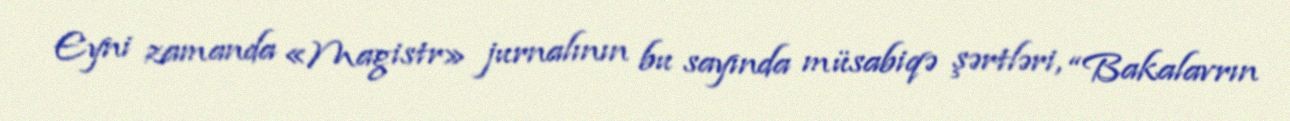
Eyni zamanda «Magistr» jurnalının bu sayında müsabiqə şərtləri, “Bakalavrın